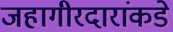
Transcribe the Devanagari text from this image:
जहागीरदारांकडे